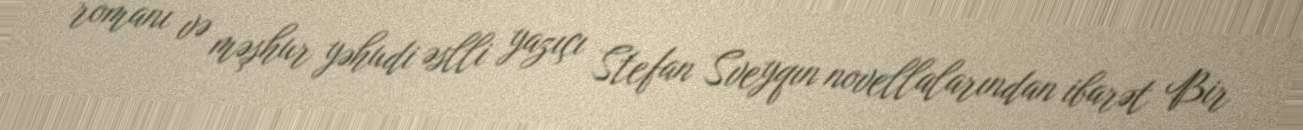
romanı və məşhur yəhudi əslli yazıçı Stefan Sveyqın novellalarından ibarət Bir